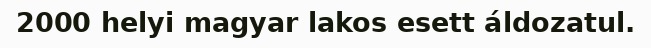
2000 helyi magyar lakos esett áldozatul.